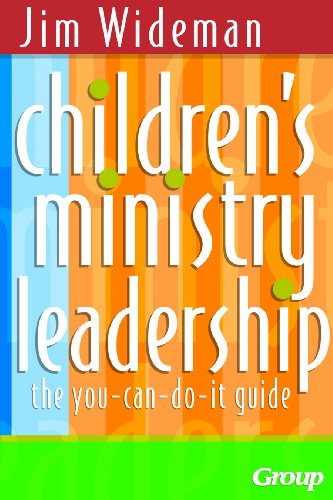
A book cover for Children's Ministry Leadership: The You-Can-Do-It Guide; Jim Wideman; Christian Books & Bibles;